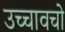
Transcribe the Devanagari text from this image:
उच्चावचो